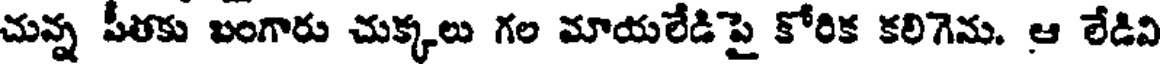
చున్న పీతకు బంగారు చుక్కలు గల మాయలేడిపై కోరిక కలిగెను. ఆ లేడిని